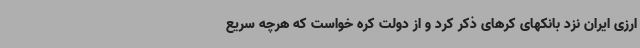
ارزی ایران نزد بانکهای کرهای ذکر کرد و از دولت کره خواست که هرچه سریع